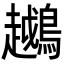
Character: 𬷲